画像に写った文字を読んでください
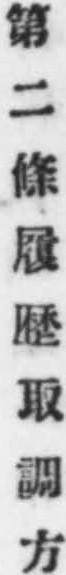
「第二條履歴取調方」と書いてあります